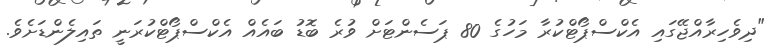
"ދިވެހިރާއްޖޭގައި އެކްސްޕޯޓްކުރާ މަހުގެ 80 ޕަސެންޓަށް ވުރެ ބޮޑު ބައެއް އެކްސްޕޯޓްކުރަނީ ތައިލެންޑަށެވެ.